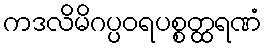
ကဒလိမိဂပ္ပဝရပစ္စတ္ထရဏံ